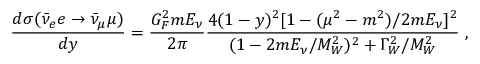
\frac { d \sigma ( \bar { \nu } _ { e } e \rightarrow \bar { \nu } _ { \mu } \mu ) } { d y } = \frac { G _ { F } ^ { 2 } m E _ { \nu } } { 2 \pi } \frac { 4 ( 1 - y ) ^ { 2 } [ 1 - ( \mu ^ { 2 } - m ^ { 2 } ) / 2 m E _ { \nu } ] ^ { 2 } } { ( 1 - 2 m E _ { \nu } / M _ { W } ^ { 2 } ) ^ { 2 } + \Gamma _ { W } ^ { 2 } / M _ { W } ^ { 2 } } \; ,